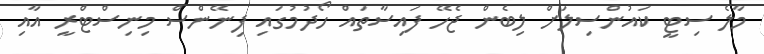
މާލެ ސިޓީ ކައުންސިލަށް ލިބެން ޖެހޭ ފައިސާތައް ހޯދުމުގައި ފިނޭންސް މިނިސްޓްރީ އާއި